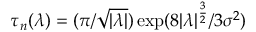
\tau _ { n } ( \lambda ) = ( \pi / \sqrt { | \lambda | } ) \exp ( 8 | \lambda | ^ { \frac { 3 } { 2 } } / 3 \sigma ^ { 2 } )